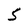
Character: S